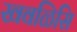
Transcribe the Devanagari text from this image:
खवळिसि